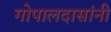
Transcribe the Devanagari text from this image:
गोपालदासांनी